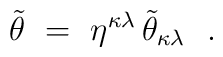
\tilde{\theta}~=~\eta^{\kappa\lambda} \, \tilde{\theta}_{\kappa\lambda}~~.